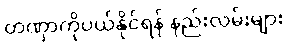
တဏှာကိုပယ်နိုင်ရန် နည်းလမ်းများ